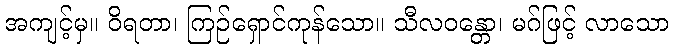
အကျင့်မှ။ ဝိရတာ၊ ကြဉ်ရှောင်ကုန်သော။ သီလဝန္တော၊ မဂ်ဖြင့် လာသော